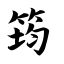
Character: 筠